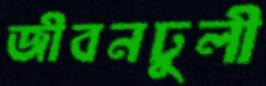
জীবনঢুলী